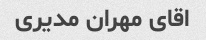
اقای مهران مدیری